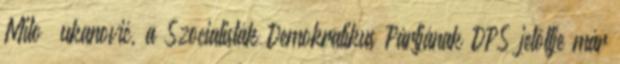
Milo Đukanović, a Szocialisták Demokratikus Pártjának DPS jelöltje már